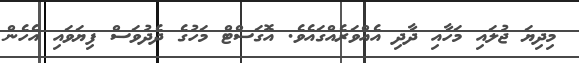
މިދިޔަ ޖުލައި މަހާއި ދާދި އެއްވަރެއްގައެވެ. އޮގަސްޓް މަހުގެ ދެެދުވަސް ފިޔަވައި އެހެން